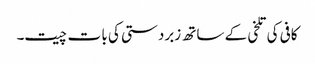
کافی کی تلخی کے ساتھ زبردستی کی با ت چیت۔